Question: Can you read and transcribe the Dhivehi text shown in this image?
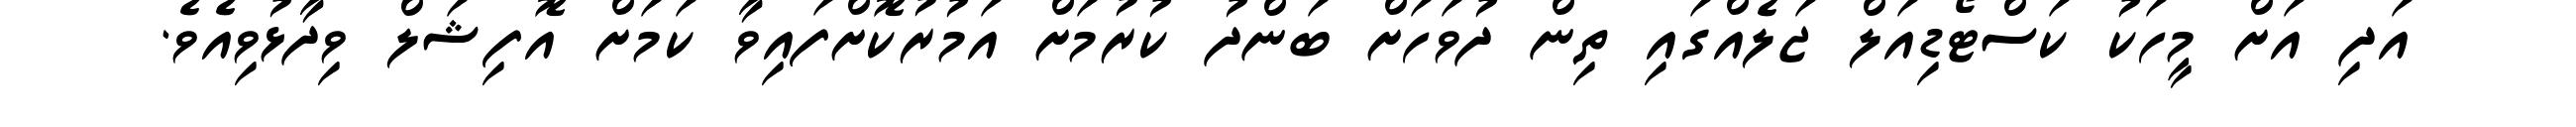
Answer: އަދި އަށް މީހަކު ކަސްޓޯޑިއަލް ޖަލެއްގައި ތިން ދުވަހަށް ބަންދު ކުރުމަށް އަމުރުކޮށްފައިވާ ކަމަށް އޮފިޝަލް ވިދާޅުވިއެވެ.